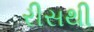
રીસથી